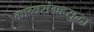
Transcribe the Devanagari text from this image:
काव्यसंग्रहसुद्धा